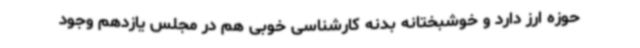
حوزه ارز دارد و خوشبختانه بدنه کارشناسی خوبی هم در مجلس یازدهم وجود